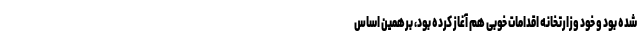
شده بود و خود وزارتخانه اقدامات خوبی هم آغاز کرده بود، برهمین اساس